Insane asylums in Bengal annual reports 1876-1887 - 1876-1887
Year: 1876
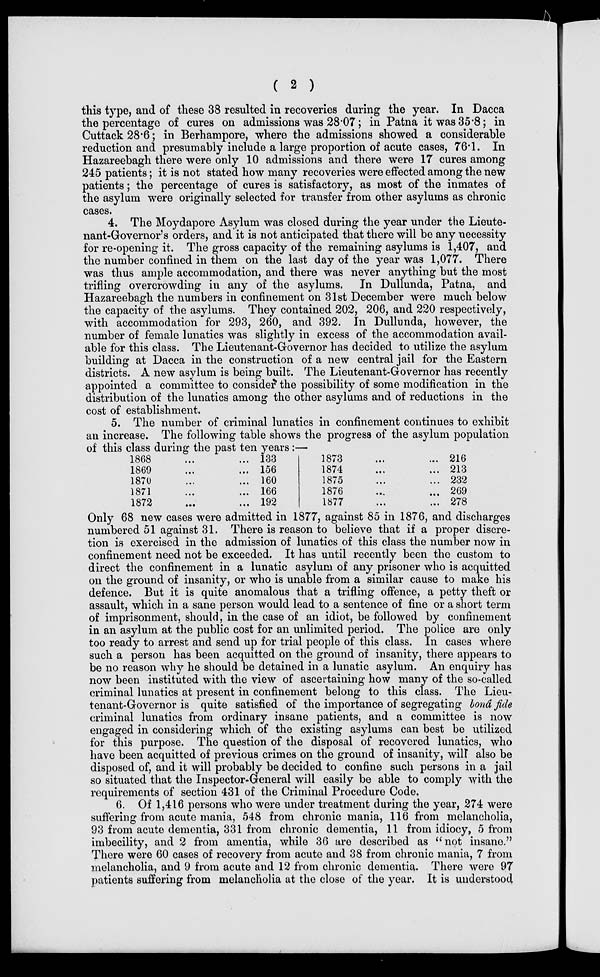
( 2 )
this type, and of these 38 resulted in recoveries during the year. In Dacca
the percentage of cures on admissions was 28.07; in Patna it was 35.8; in
Cuttack 28.6; in Berhampore, where the admissions showed a considerable
reduction and presumably include a large proportion of acute cases, 76.1. In
Hazareebagh there were only 10 admissions and there were 17 cures among
245 patients; it is not stated how many recoveries were effected among the new
patients; the percentage of cures is satisfactory, as most of the inmates of
the asylum were originally selected for transfer from other asylums as chronic
cases.
4. The Moydapore Asylum was closed during the year under the Lieute-
nant-Governor's orders, and it is not anticipated that there will be any necessity
for re-opening it. The gross capacity of the remaining asylums is 1,407, and
the number confined in them on the last day of the year was 1,077. There
was thus ample accommodation, and there was never anything but the most
trifling overcrowding in any of the asylums. In Dullunda, Patna, and
Hazareebagh the numbers in confinement on 31st December were much below
the capacity of the asylums. They contained 202, 206, and 220 respectively,
with accommodation for 293, 260, and 392. In Dullunda, however, the
number of female lunatics was slightly in excess of the accommodation avail-
able for this class. The Lieutenant-Governor has decided to utilize the asylum
building at Dacca in the construction of a new central jail for the Eastern
districts. A new asylum is being built. The Lieutenant-Governor has recently
appointed a committee to consider the possibility of some modification in the
distribution of the lunatics among the other asylums and of reductions in the
cost of establishment.
5. The number of criminal lunatics in confinement continues to exhibit
an increase. The following table shows the progress of the asylum population
of this class during the past ten years:—
1868 ... ...
1869 ... ...
1870 ... ...
1871
...
...
1872
...
...
133
156
160
166
192
1873 ... ...
1874 ... ...
1875 ... ...
1876 ... ...
1877 ... ...
216
213
232
269
278
Only 68 new cases were admitted in 1877, against 85 in 1876, and discharges
numbered 51 against 31. There is reason to believe that if a proper discre-
tion is exercised in the admission of lunatics of this class the number now in
confinement need not be exceeded. It has until recently been the custom to
direct the confinement in a lunatic asylum of any prisoner who is acquitted
on the ground of insanity, or who is unable from a similar cause to make his
defence. But it is quite anomalous that a trifling offence, a petty theft or
assault, which in a sane person would lead to a sentence of fine or a short term
of imprisonment, should, in the case of an idiot, be followed by confinement
in an asylum at the public cost for an unlimited period. The police are only
too ready to arrest and send up for trial people of this class. In cases where
such a person has been acquitted on the ground of insanity, there appears to
be no reason why he should be detained in a lunatic asylum. An enquiry has
now been instituted with the view of ascertaining how many of the so-called
criminal lunatics at present in confinement belong to this class. The Lieu-
tenant-Governor is quite satisfied of the importance of segregating bonâ fide
criminal lunatics from ordinary insane patients, and a committee is now
engaged in considering which of the existing asylums can best be utilized
for this purpose. The question of the disposal of recovered lunatics, who
have been acquitted of previous crimes on the ground of insanity, will also be
disposed of, and it will probably be decided to confine such persons in a jail
so situated that the Inspector-General will easily be able to comply with the
requirements of section 431 of the Criminal Procedure Code.
6. Of 1,416 persons who were under treatment during the year, 274 were
suffering from acute mania, 548 from chronic mania, 116 from melancholia,
93 from acute dementia, 331 from chronic dementia, 11 from idiocy, 5 from
imbecility, and 2 from amentia, while 36 are described as "not insane."
There were 60 cases of recovery from acute and 38 from chronic mania, 7 from
melancholia, and 9 from acute and 12 from chronic dementia. There were 97
patients suffering from melancholia at the close of the year. It is understood